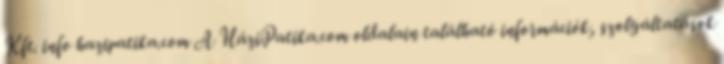
Kft. info hazipatika.com A HáziPatika.com oldalain található információk, szolgáltatások